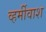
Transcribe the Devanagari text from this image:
व्हर्मीवाश